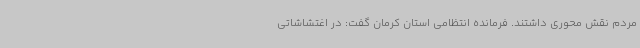
مردم نقش محوری داشتند. فرمانده انتظامی استان کرمان گفت: در اغتشاشاتی